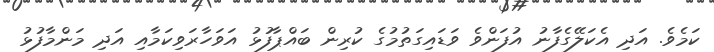
ކަމެވެ. އަދި އެކަލޭގެފާނު އުފަންވެ ވަޑައިގަތުމުގެ ކުރިން ބައްޕާފުޅު އަވަހާރަވިކަމާއި އަދި މަންމާފުޅު